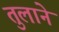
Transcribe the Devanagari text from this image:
तुलाने